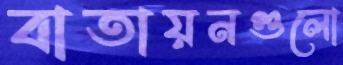
বাতায়নগুলো